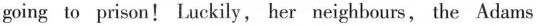
going to prison! Luckily, her neighbours, the Adams